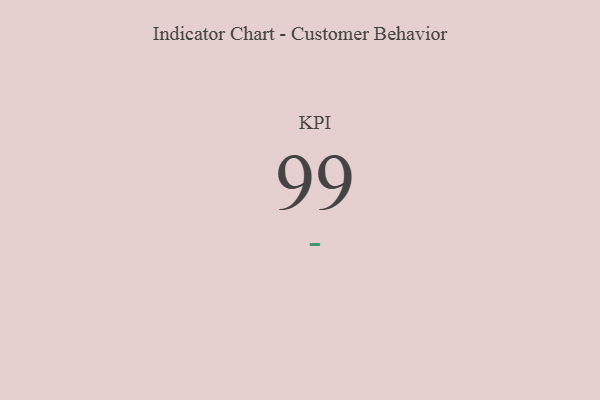
{"axis": {"x": "KPI", "y": "Value"}, "legend": [""], "data": [{"x": "KPI", "y": 99, "type": ""}]}